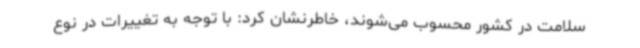
سلامت در کشور محسوب می‌شوند، خاطرنشان کرد: با توجه به تغییرات در نوع